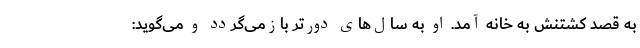
به قصد کشتنش به خانه آمد. او به سال‌های دورتر باز‌می‌گردد و می‌گوید: